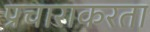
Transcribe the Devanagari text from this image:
प्रचाराकरता